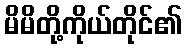
မိမိတို့ကိုယ်တိုင်၏